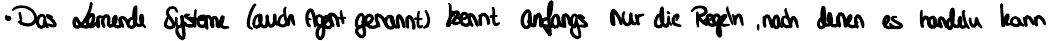
Das Lernende System (auch Agent genannt) kennt anfangs nur die Regeln, nach denen es handeln kann